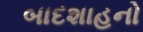
બાદશાહનો